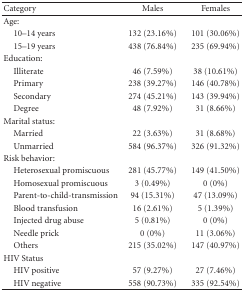
| Category | Males | Females |
 | --- | --- | --- |
 | Age: |  |  |
 | 10–14 years | 132 (23.16%) | 101 (30.06%) |
 | 15–19 years | 438 (76.84%) | 235 (69.94%) |
 | Education: |  |  |
 | Illiterate | 46 (7.59%) | 38 (10.61%) |
 | Primary | 238 (39.27%) | 146 (40.78%) |
 | Secondary | 274 (45.21%) | 143 (39.94%) |
 | Degree | 48 (7.92%) | 31 (8.66%) |
 | Marital status: |  |  |
 | Married | 22 (3.63%) | 31 (8.68%) |
 | Unmarried | 584 (96.37%) | 326 (91.32%) |
 | Risk behavior: |  |  |
 | Heterosexual promiscuous | 281 (45.77%) | 149 (41.50%) |
 | Homosexual promiscuous | 3 (0.49%) | 0 (0%) |
 | Parent-to-child-transmission | 94 (15.31%) | 47 (13.09%) |
 | Blood transfusion | 16 (2.61%) | 5 (1.39%) |
 | Injected drug abuse | 5 (0.81%) | 0 (0%) |
 | Needle prick | 0 (0%) | 11 (3.06%) |
 | Others | 215 (35.02%) | 147 (40.97%) |
 | HIV Status |  |  |
 | HIV positive | 57 (9.27%) | 27 (7.46%) |
 | HIV negative | 558 (90.73%) | 335 (92.54%) |